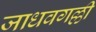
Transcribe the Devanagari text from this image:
जाधवगल्ली